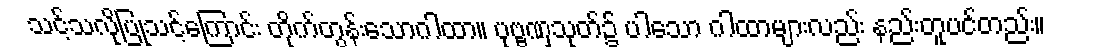
သင့်သလိုပြုသင့်ကြောင်း တိုက်တွန်းသောဂါထာ။ ပုဗ္ဗဏှသုတ်၌ ပါသော ဂါထာများလည်း နည်းတူပင်တည်း။